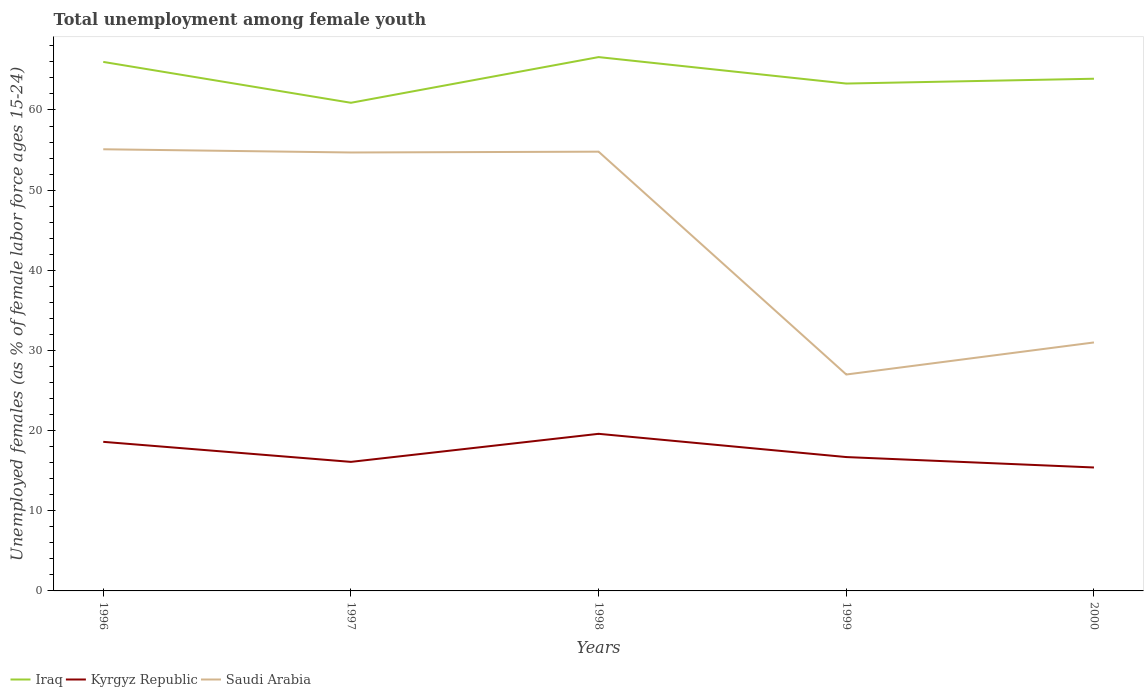
| Years | Iraq | Kyrgyz Republic | Saudi Arabia |
 | --- | --- | --- | --- |
 | 1996 | 66 | 18.6 | 55.1 |
 | 1997 | 60.9 | 16.1 | 54.7 |
 | 1998 | 66.6 | 19.6 | 54.8 |
 | 1999 | 63.3 | 16.7 | 27 |
 | 2000 | 63.9 | 15.4 | 31 |